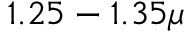
1 . 2 5 - 1 . 3 5 \mu